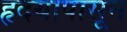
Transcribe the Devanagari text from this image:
हृदयापासून